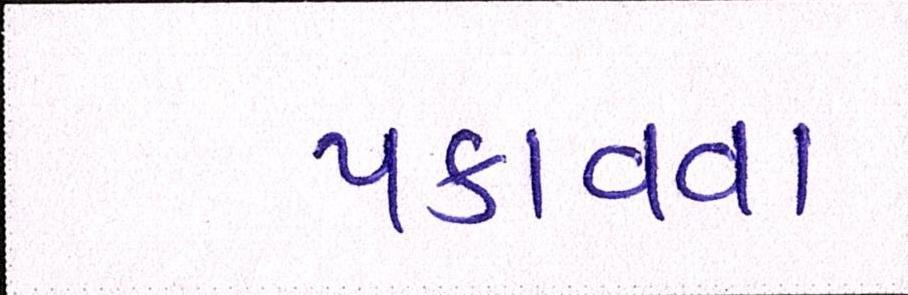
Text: પકાવવા